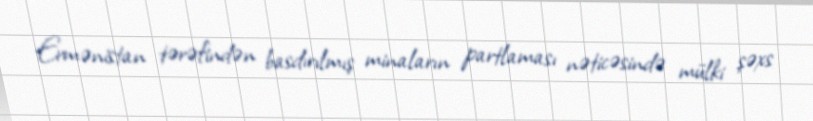
Ermənistan tərəfindən basdırılmış minaların partlaması nəticəsində mülki şəxs